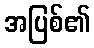
အပြစ်၏